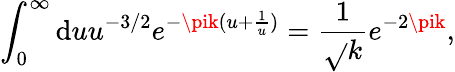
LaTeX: \int_{0}^{\infty}\mathrm{d}uu^{-3/2}e^{-\pik(u+\frac{{1}}{{u}})}=\frac{{1}}{{\sqrt{}{{k}}}}e^{-2\pik},